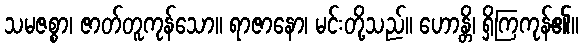
သမဇစ္စာ၊ ဇာတ်တူကုန်သော။ ရာဇာနော၊ မင်းတို့သည်။ ဟောန္တိ၊ ရှိကြကုန်၏။